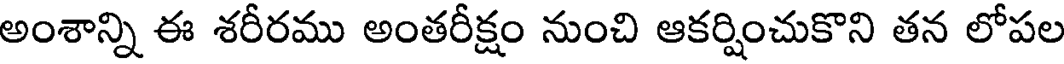
అంశాన్ని ఈ శరీరము అంతరీక్షం నుంచి ఆకర్షించుకొని తన లోపల